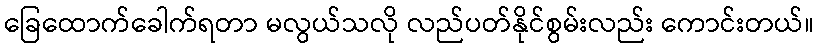
ခြေထောက်ခေါက်ရတာ မလွယ်သလို လည်ပတ်နိုင်စွမ်းလည်း ကောင်းတယ်။